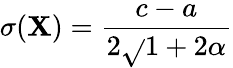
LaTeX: \sigma(\mathbf{X})={\frac{{c-a}}{{2{\sqrt{}{{1+2\alpha}}}}}}